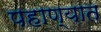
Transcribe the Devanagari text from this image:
पहाण्यात